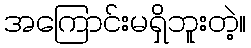
အကြောင်းမရှိဘူးတဲ့။